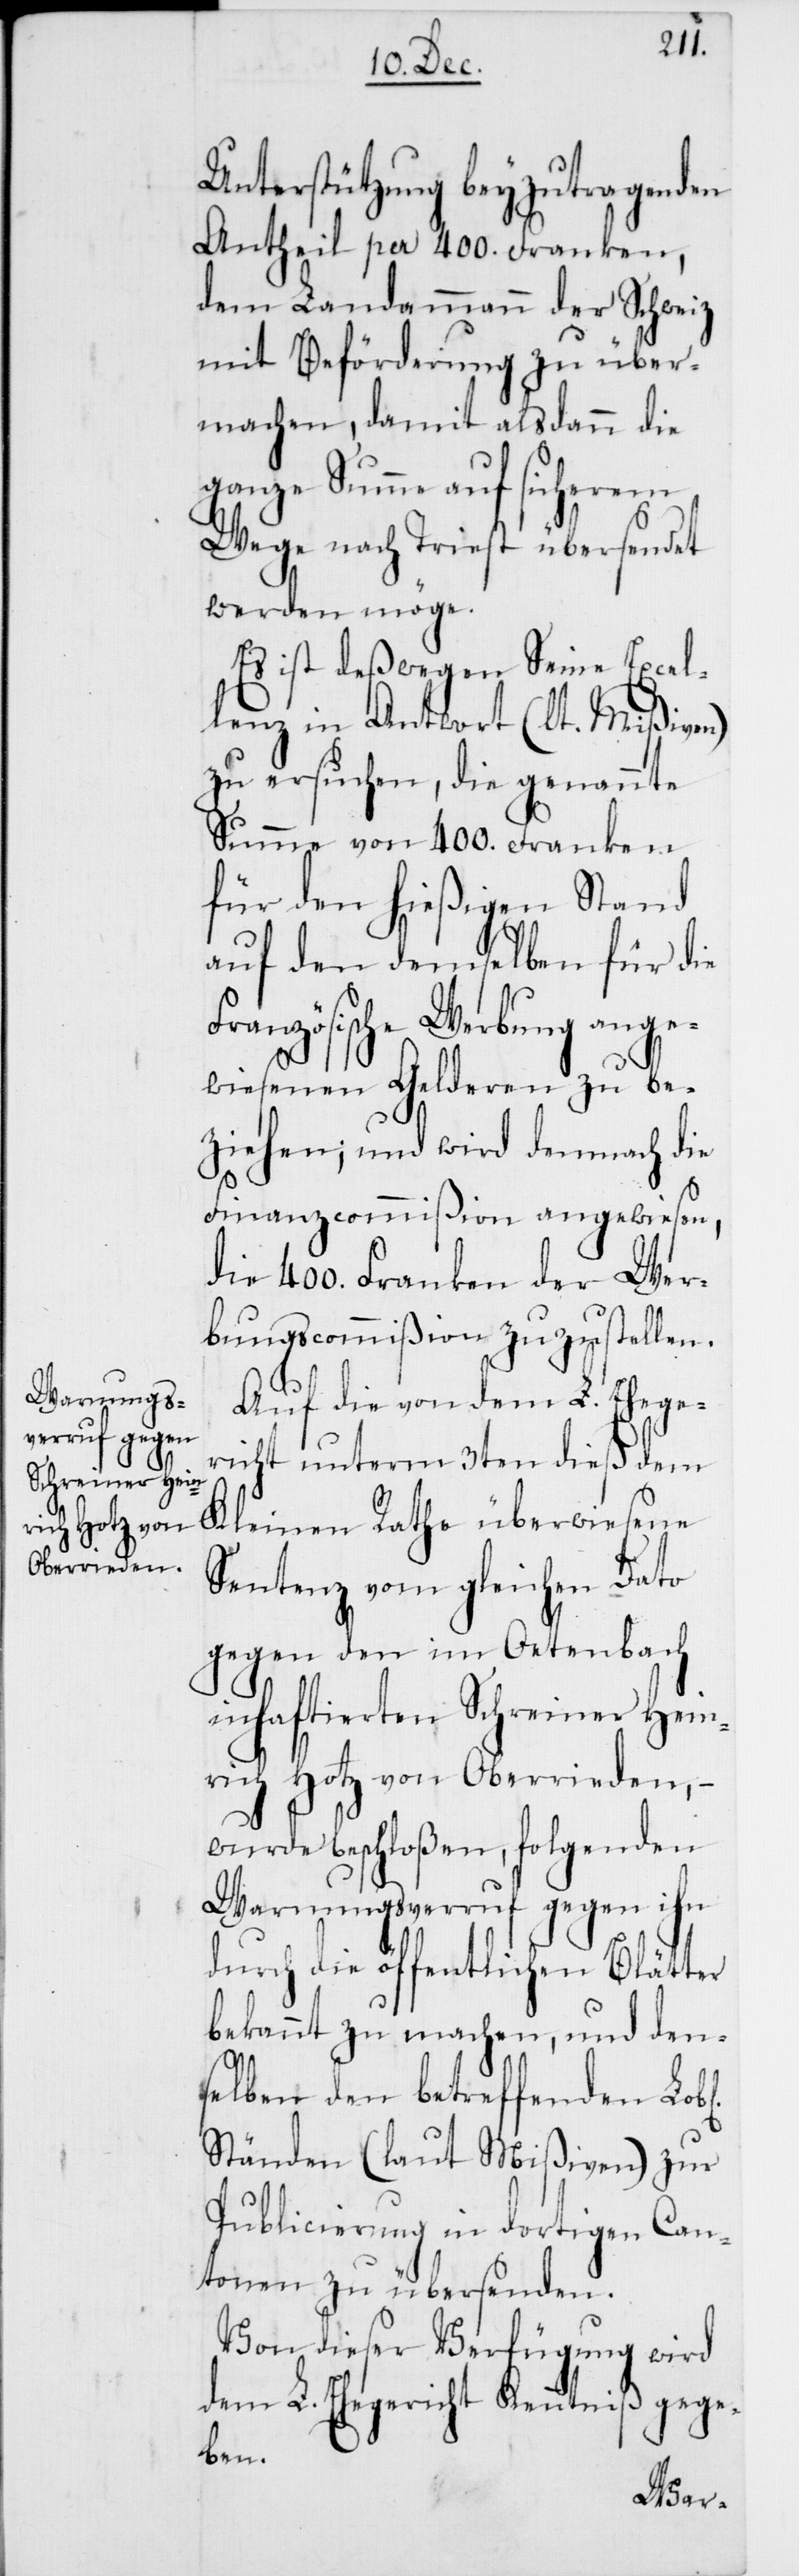
Unterstützung beyzutragenden
Antheil per 400. Franken,
dem Landammann der Schweiz
mit Beförderung zu über¬
machen, damit alsdann die
ganze Summe auf sicherem
Wege nach Triest übersendet
werden möge.
Es ist deßwegen Seine Excel¬
lenz in Antwort (lt. Mißiven)
zu ersuchen, die genannte
Summe von 400. Franken
für den hießigen Stand
auf den demselben für die
Französische Werbung ange¬
wiesenen Gelderen zu be¬
ziehen; und wird demnach die
Finanzcommißion angewiesen,
die 400. Franken der Wer¬
bungscommißion zuzustellen.
Auf die von dem L. Ehege¬
richt unterm 3ten dieß dem
Kleinen Rathe überwiesene
Sentenz vom gleichen Dato
gegen den im Oetenbach
inhaftierten Schreiner Hein¬
rich Hotz von Oberrieden, –
wurde beschloßen, folgenden
Warnungsverruf gegen ihn
durch die öffentlichen Blätter
bekannt zu machen, und den¬
selben den betreffenden
Ständen (laut Mißiven) zur
Publicierung in dortigen Can¬
tonen zu übersenden.
Von dieser Verfügung wird
dem L. Ehegericht Kenntniß gege¬
ben.